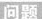
问题